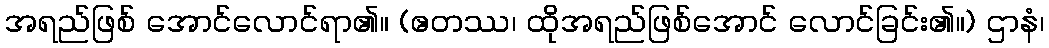
အရည်ဖြစ် အောင်လောင်ရာ၏။ (ဧတဿ၊ ထိုအရည်ဖြစ်အောင် လောင်ခြင်း၏။) ဌာနံ၊